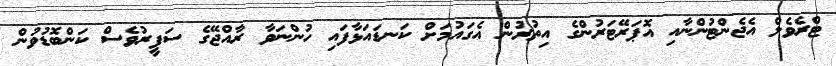
ޓްރެވެލް އެޖެންޓުންނާއި އޮޕަރޭޓަރުންގެ އިތުރުން އެގައުމަށް ކަނޑައަޅާފައި ހުންނަވާ ރާއްޖޭގެ ސަފީރުވެސް ކަންބޮޑުވުން